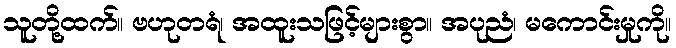
သူတို့ထက်။ ဗဟုတရံ၊ အထူးသဖြင့်များစွာ။ အပုညံ၊ မကောင်းမှုကို။